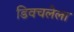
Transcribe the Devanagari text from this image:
डिवचलेला